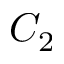
C _ { 2 }